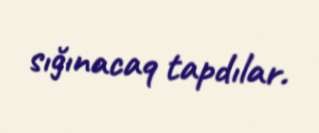
sığınacaq tapdılar.